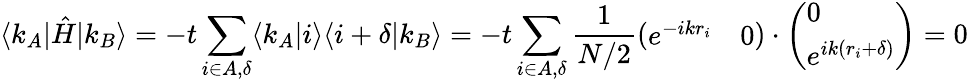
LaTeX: \langle k_{A}|\hat{H}|k_{B}\rangle=-t\sum_{i\in A,\delta}\langle k_{A}|i\rangle\langle i+\delta|k_{B}\rangle=-t\sum_{i\in A,\delta}\frac{1}{N/2}\left(\begin{array}{ll}{e^{-ikr_{i}}}&{0}\end{array}\right)\cdot\left(\begin{array}{l}{0}\\ {e^{ik(r_{i}+\delta)}}\end{array}\right)=0